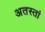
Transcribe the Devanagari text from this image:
अतस्तां